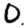
Digit: 0